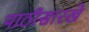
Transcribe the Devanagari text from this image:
पाठीसारखे